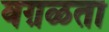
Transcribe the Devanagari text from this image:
वग़ळता